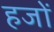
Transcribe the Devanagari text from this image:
हजों